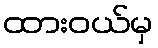
ထားဝယ်မှ